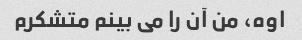
اوه، من آن را می بینم متشکرم